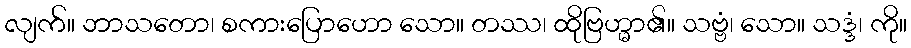
လျက်။ ဘာသတော၊ စကားပြောဟော သော။ တဿ၊ ထိုဗြဟ္မာ၏။ သဗ္ဗံ၊ သော။ သဒ္ဒံ၊ ကို။